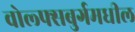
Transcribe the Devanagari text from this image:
वोल्फ्सबुर्गमधील